Medical and sanitary report of the native army of Bengal for the year
Year: 1876
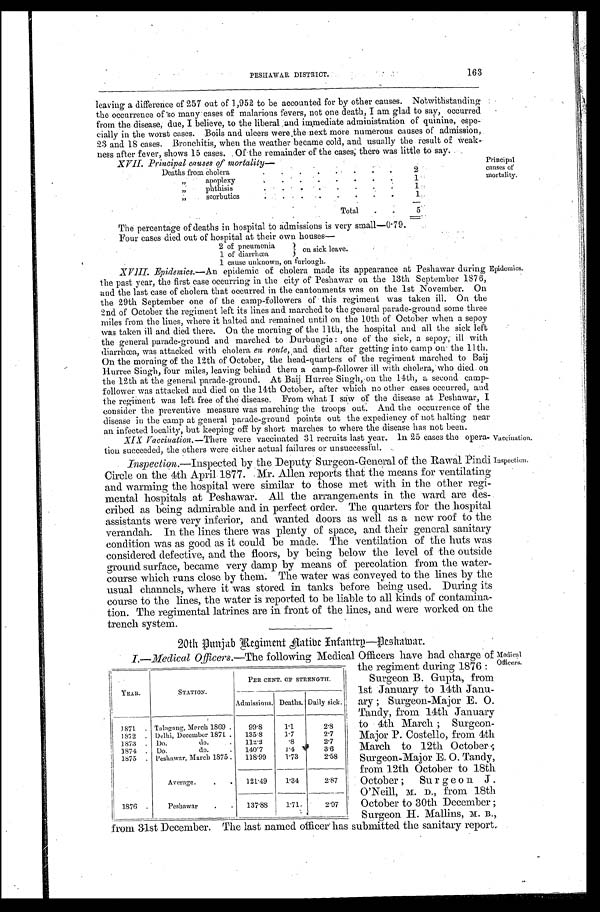
PESHAWAR DISTRICT.
163
leaving a difference of 257 out of 1,952 to be accounted for by other causes. Notwithstanding
the occurrence of so many cases of malarious fevers, not one death, I am glad to say, occurred
f r om t he di sease, due, I bel i eve, t o t he l i ber al and i mmedi at e admi ni st r at i on of qui ni ne, espe-
cially in the worst cases. Boils and ulcers were the next more numerous causes of admission,
23 and 18 cases. Bronchitis, when the weather became cold, and usually the result of weak-
ness af t er f ever , shows 15 cases. Of t he r emai nder of t he cases, t her e was l i t t l e t o say.
Principal
causes of
mortality.
XVII. Principal causes of mortalit
y—
Deaths from cholera
2
„
A p o p l e x y .
1
„ phthisis
1
„ scorbutics
1
Total
5
The percentage of deaths in hospital to admissions is very small—0.79.
Four cases died out of hospital at their own houses
2 of pneumonia
1 of diarrhœa
•
1 cause unknown, on furlough.
XVIII. Epidemics.—An epidemic of cholera made its appearance at Peshawar during
the past year, the first case occurring in the city of Peshawar on the 13th September 1876,
and the last case of cholera that occurred in the cantonments was on the 1st November. On
the 29th September one of the camp-followers of this regiment was taken ill. On the
2nd of October the regiment left its lines and marched to the general parade-ground some three
miles from the lines, where it halted and remained until on the 10th of October when a sepoy
was taken ill and died there. On the morning of the 11th, the hospital and all the sick left
the general parade-ground and marched to Durbungie: one of the sick, a sepoy, ill with
d i a r r h œ a , w a s a t t a c k e d w i t h c h o l e r ae
n r o u t e ,
a n d d i e d a f t e r g e t t i n g i n t o c a m p o n t h e 1 1 t h .
On the morning of the 12th of October, the head-quarters of the regiment marched to Baij
Hurree Singh, four miles, leaving behind them a camp-follower ill with cholera, who died on
the 12th at the general parade-ground. At Baij Hurree Singh, on the 14th, a second camp-
follower was attacked and died on the 14th October, after which no other cases occurred, and
the regiment was left free of the disease. From what I saw of the disease at Peshawar, I
consider the preventive measure was marching the troops out. And the occurrence of the
disease in the camp at general parade-ground points out the expediency of not halting near
an infected locality, but keeping off by short marches to where the disease has not been.
XIX Vaccination.— There were vaccinated 31 recruits last year. In 25 cases the opera-
tion succeeded, the others were either actual failures or unsuccessful
Inspection.—Inspected by the Deputy Surgeon-General of the Rawal Pindi
Circle on the 4th April 1877. Mr. Allen reports that the means for ventilating
and warming the hospital were similar to those met with in the other regi-
mental hospitals at Peshawar. All the arrangements in the ward are des-
cribed as being admirable and in perfect order. The quarters for the hospital
assistants were very inferior, and wanted doors as well as a new roof to the
verandah. In the lines there was plenty of space, and their general sanitary
condition was as good as it could be made. The ventilation of the huts was
considered defective, and the floors, by being below the level of the outside
ground surface, became very damp by means of percolation from the water-
course which runs close by them. The water was conveyed to the lines by the
usual channels, where it was stored in tanks before being used. During its
course to the lines, the water is reported to be liable to all kinds of contamina-
tion. The regimental latrines are in front of the lines, and were worked on the
trench system.
on sick leave.
Epidemics.
Vaccination.
Inspection.
20th Punjab Regiment Native Infantry—Peshawar.
I.—Medical Officers. —The following Medical Officers have had charge of
the regiment during 1876:
Surgeon B. Gupta, from
1st January to 14th Janu-
ary; Surgeon-Major E. O.
Tandy, from 14th January
to 4th March; Surgeon-
Major P. Costello, from 4th
March to 12th October;
Surgeon-Major E. O. Tandy,
from 12th October to 18th
October; Surgeon J.
O'Neill, M. D., from 18th
October to 30th December;
Surgeon H. Mallins, M. B.,
from 31st December. The last named officer has submitted the sanitary report.
YEAR.
STATION.
PER CENT. OF STRENGTH.
Admissions. Deaths. Daily sick.
1 8 7 1 Talagang, March 1869 99.8
1.1
2.8
1872
Delhi, December 1871. 135.8
1.7
2.7
1873
D o . d o . 112.2
.8
2.7
1874
Do. do.
140.7
1.4
3.6
1875
Peshawar, March 1875 118.99 1.73
2.58
Average
121.49 1.34
2.87
1876
Peshawar
137.88 1.71
2.97
Medical
Officers.